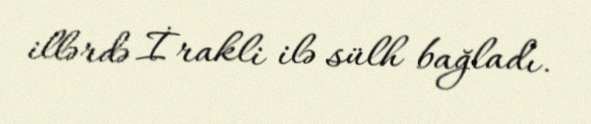
illərdə İrakli ilə sülh bağladı.